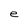
Character: e